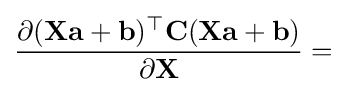
{\frac {\partial (\mathbf {X} \mathbf {a} +\mathbf {b} )^{\top }\mathbf {C} (\mathbf {X} \mathbf {a} +\mathbf {b} )}{\partial \mathbf {X} }}=